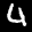
Label: 4